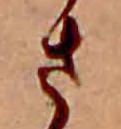
さ